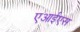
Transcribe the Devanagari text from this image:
एआईएस